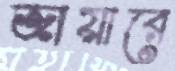
জায়ারে